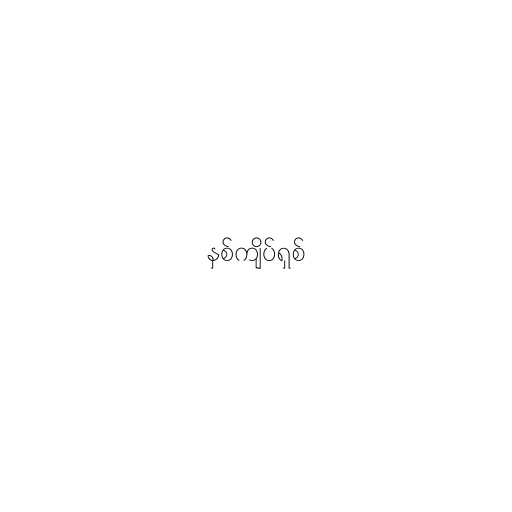
နှစ်ကျိပ်ရှစ်